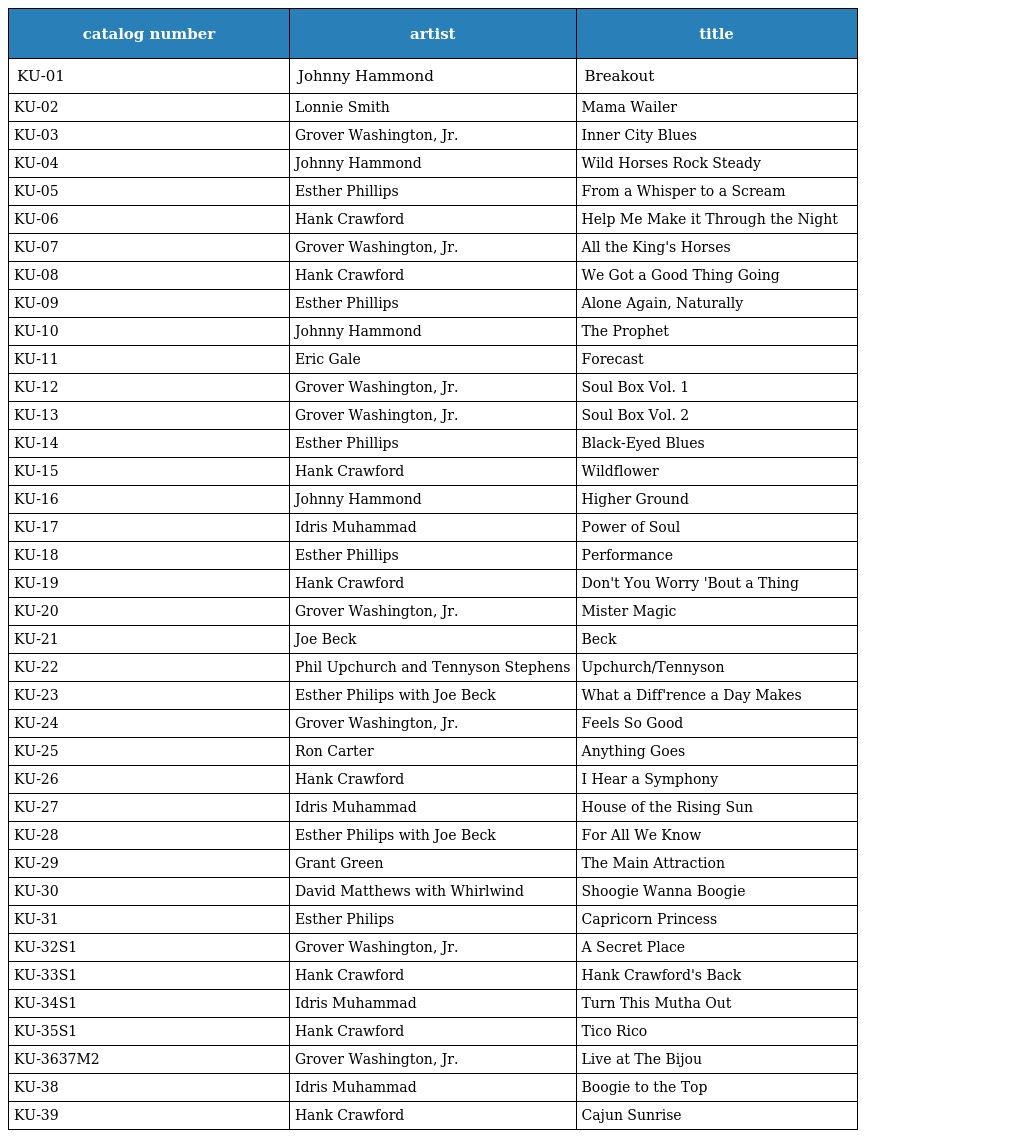
| catalog number | artist | title |
 | --- | --- | --- |
 | KU-01 | Johnny Hammond | Breakout |
 | KU-02 | Lonnie Smith | Mama Wailer |
 | KU-03 | Grover Washington, Jr. | Inner City Blues |
 | KU-04 | Johnny Hammond | Wild Horses Rock Steady |
 | KU-05 | Esther Phillips | From a Whisper to a Scream |
 | KU-06 | Hank Crawford | Help Me Make it Through the Night |
 | KU-07 | Grover Washington, Jr. | All the King's Horses |
 | KU-08 | Hank Crawford | We Got a Good Thing Going |
 | KU-09 | Esther Phillips | Alone Again, Naturally |
 | KU-10 | Johnny Hammond | The Prophet |
 | KU-11 | Eric Gale | Forecast |
 | KU-12 | Grover Washington, Jr. | Soul Box Vol. 1 |
 | KU-13 | Grover Washington, Jr. | Soul Box Vol. 2 |
 | KU-14 | Esther Phillips | Black-Eyed Blues |
 | KU-15 | Hank Crawford | Wildflower |
 | KU-16 | Johnny Hammond | Higher Ground |
 | KU-17 | Idris Muhammad | Power of Soul |
 | KU-18 | Esther Phillips | Performance |
 | KU-19 | Hank Crawford | Don't You Worry 'Bout a Thing |
 | KU-20 | Grover Washington, Jr. | Mister Magic |
 | KU-21 | Joe Beck | Beck |
 | KU-22 | Phil Upchurch and Tennyson Stephens | Upchurch/Tennyson |
 | KU-23 | Esther Philips with Joe Beck | What a Diff'rence a Day Makes |
 | KU-24 | Grover Washington, Jr. | Feels So Good |
 | KU-25 | Ron Carter | Anything Goes |
 | KU-26 | Hank Crawford | I Hear a Symphony |
 | KU-27 | Idris Muhammad | House of the Rising Sun |
 | KU-28 | Esther Philips with Joe Beck | For All We Know |
 | KU-29 | Grant Green | The Main Attraction |
 | KU-30 | David Matthews with Whirlwind | Shoogie Wanna Boogie |
 | KU-31 | Esther Philips | Capricorn Princess |
 | KU-32S1 | Grover Washington, Jr. | A Secret Place |
 | KU-33S1 | Hank Crawford | Hank Crawford's Back |
 | KU-34S1 | Idris Muhammad | Turn This Mutha Out |
 | KU-35S1 | Hank Crawford | Tico Rico |
 | KU-3637M2 | Grover Washington, Jr. | Live at The Bijou |
 | KU-38 | Idris Muhammad | Boogie to the Top |
 | KU-39 | Hank Crawford | Cajun Sunrise |